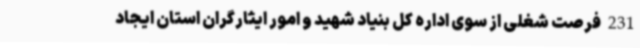
231 فرصت شغلی از سوی اداره کل بنیاد شهید و امور ایثارگران استان ایجاد